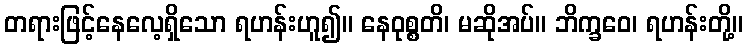
တရားဖြင့်နေလေ့ရှိသော ရဟန်းဟူ၍။ နေဝုစ္စတိ၊ မဆိုအပ်။ ဘိက္ခဝေ၊ ရဟန်းတို့။